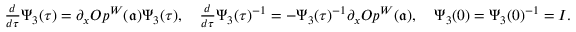
\begin{array} { r } { \frac { d } { d \tau } \Psi _ { 3 } ( \tau ) = \partial _ { x } O p ^ { W } ( \mathfrak { a } ) \Psi _ { 3 } ( \tau ) , \quad \frac { d } { d \tau } \Psi _ { 3 } ( \tau ) ^ { - 1 } = - \Psi _ { 3 } ( \tau ) ^ { - 1 } \partial _ { x } O p ^ { W } ( \mathfrak { a } ) , \quad \Psi _ { 3 } ( 0 ) = \Psi _ { 3 } ( 0 ) ^ { - 1 } = I . } \end{array}